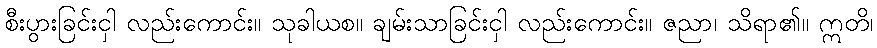
စီးပွားခြင်းငှါ လည်းကောင်း။ သုခါယစ။ ချမ်းသာခြင်းငှါ လည်းကောင်း။ ဇညာ၊ သိရာ၏။ ဣတိ၊